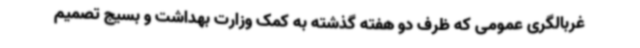
غربالگری عمومی که ظرف دو هفته گذشته به کمک وزارت بهداشت و بسیج تصمیم